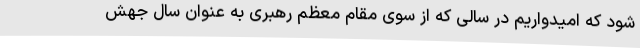
شود که امیدواریم در سالی که از سوی مقام معظم رهبری به عنوان سال جهش